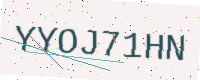
Text: YYOJ71HN